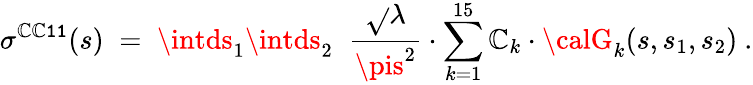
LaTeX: \sigma^{\tt\mathbb{C}\mathbb{C}11}(s)\; =\; \intds_{1}\intds_{2}\; \; \frac{{\sqrt{}{{\lambda}}}}{{\pis^{2}}}\cdot\sum_{k=1}^{15}{\cal\mathbb{C}}_{k}\cdot{\calG}_{k}(s,s_{1},s_{2})~.